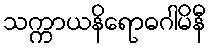
သက္ကာယနိရောဓဂါမိနီ